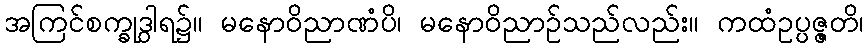
အကြင်စက္ခုဒွါရ၌။ မနောဝိညာဏံပိ၊ မနောဝိညာဉ်သည်လည်း။ ကထံဥပ္ပဇ္ဇတိ၊